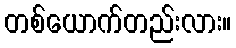
တစ်ယောက်တည်းလား။